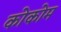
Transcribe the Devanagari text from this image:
कोकोम